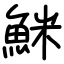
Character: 䱊